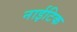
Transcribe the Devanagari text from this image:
नाईटिक